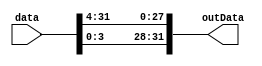
`timescale 1ns / 1ps
//////////////////////////////////////////////////////////////////////////////////
// Company: 
// Engineer: 
// 
// Design Name: 
// Module Name: rotr
// Project Name: 
// Target Devices: 
// Tool Versions: 
// Description: 
// 
// Dependencies: 
// 
// Revision:
// Revision 0.01 - File Created
// Additional Comments:
// 
//////////////////////////////////////////////////////////////////////////////////


module rotr
#( parameter range=4)
(
    input [31:0] data,
    output [31:0] outData
    );

  assign outData[31-range:0] = data[31:range];
  assign outData[31-:range] = data[0+:range];

endmodule